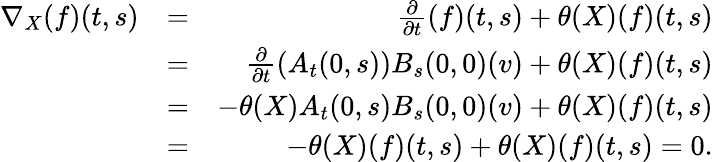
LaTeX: \begin{array}{rlr}{\nabla_{X}(f)(t,s)}&{=}&{\frac{\partial}{\partial t}(f)(t,s)+\theta(X)(f)(t,s)}\\ &{=}&{\frac{\partial}{\partial t}(A_{t}(0,s))B_{s}(0,0)(v)+\theta(X)(f)(t,s)}\\ &{=}&{-\theta(X)A_{t}(0,s)B_{s}(0,0)(v)+\theta(X)(f)(t,s)}\\ &{=}&{-\theta(X)(f)(t,s)+\theta(X)(f)(t,s)=0.}\end{array}